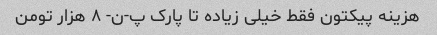
هزینه پیکتون فقط خیلی زیاده تا پارک پ-ن- ۸ هزار تومن